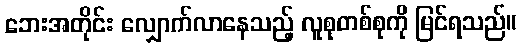
ဘေးအတိုင်း လျှောက်လာနေသည့် လူစုတစ်စုကို မြင်ရသည်။